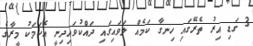
3 ގަޑި އިރު ތެރޭގައި ހިނގާ ކަމެއް ލަވައިގައި ދައްކުވައިދިނީ އެކަމަކު މީރާގެ